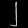
Digit: ၂